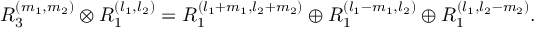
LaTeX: R _ { 3 } ^ { ( m _ { 1 } , m _ { 2 } ) } \otimes R _ { 1 } ^ { ( l _ { 1 } , l _ { 2 } ) } = R _ { 1 } ^ { ( l _ { 1 } + m _ { 1 } , l _ { 2 } + m _ { 2 } ) } \oplus R _ { 1 } ^ { ( l _ { 1 } - m _ { 1 } , l _ { 2 } ) } \oplus R _ { 1 } ^ { ( l _ { 1 } , l _ { 2 } - m _ { 2 } ) } .